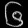
Digit: ၆